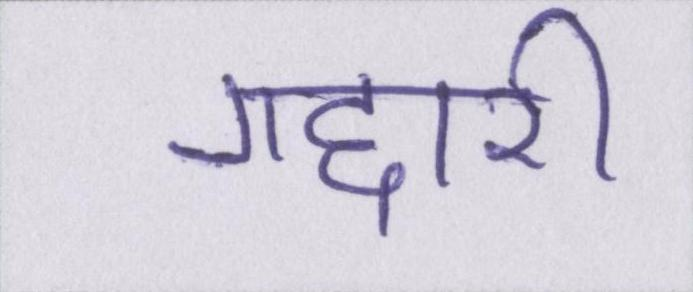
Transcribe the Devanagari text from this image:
गद्दारी